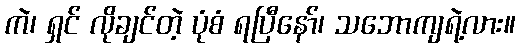
ကဲ၊ ရှင် လိုချင်တဲ့ ပုံစံ ရပြီနော်၊ သဘောကျရဲ့လား။